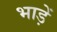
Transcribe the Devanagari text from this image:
भाड़ें